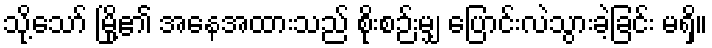
သို့သော် မြို့၏ အနေအထားသည် စိုးစဉ်းမျှ ပြောင်းလဲသွားခဲ့ခြင်း မရှိ။